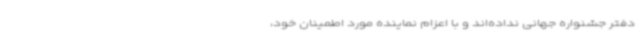
دفتر جشنواره جهانی نداده‌اند و با اعزام نماینده مورد اطمینان خود،